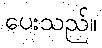
ပေးသည်။